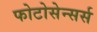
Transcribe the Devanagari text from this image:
फोटोसेन्सर्स